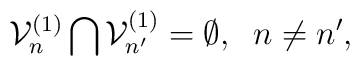
{\cal V}^{(1)}_{n}\bigcap{\cal V}^{(1)}_{n'}=\emptyset,\;\;n\neq n',